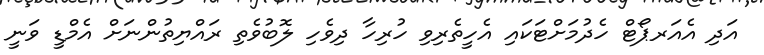
އަދި އެއަރޕޯޓް ހެދުމަށްޓަކައި އެހީތެރިވި ހުރިހާ ދިވެހި ލޮބުވެތި ރައްޔިތުންނަށް އެމްޑީ ވަނީ